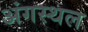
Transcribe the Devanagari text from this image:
अंगस्थल